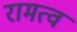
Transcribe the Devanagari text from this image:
रामत्व